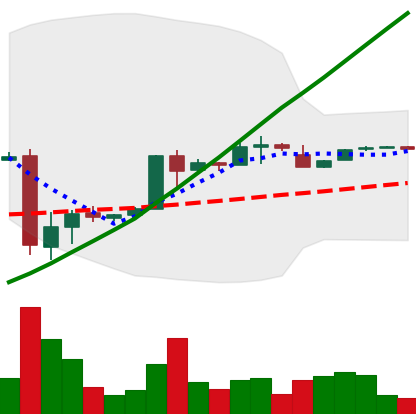
Ticker: BTC-USD
Chart end date: 2017-01-29
Forward return: 12.008%
Label: up_7plus